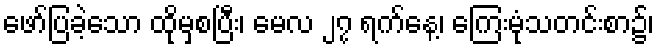
ဖော်ပြခဲ့သော ထိုမှစပြီး၊ မေလ ၂၇ ရက်နေ့၊ ကြေးမုံသတင်းစာ၌၊